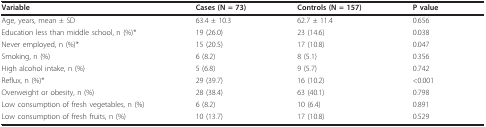
<table><thead><tr><td><b>Variable</b></td><td><b>Cases (N = 73)</b></td><td><b>Controls (N = 157)</b></td><td><b>P value</b></td></tr></thead><tbody><tr><td>Age, years, mean ± SD</td><td>63.4 ± 10.3</td><td>62.7 ± 11.4</td><td>0.656</td></tr><tr><td>Education less than middle school, n (%) *</td><td>19 (26.0)</td><td>23 (14.6)</td><td>0.038</td></tr><tr><td>Never employed, n (%) *</td><td>15 (20.5)</td><td>17 (10.8)</td><td>0.047</td></tr><tr><td>Smoking, n (%)</td><td>6 (8.2)</td><td>8 (5.1)</td><td>0.356</td></tr><tr><td>High alcohol intake, n (%)</td><td>5 (6.8)</td><td>9 (5.7)</td><td>0.742</td></tr><tr><td>Reflux, n (%) *</td><td>29 (39.7)</td><td>16 (10.2)</td><td>&lt;0.001</td></tr><tr><td>Overweight or obesity, n (%)</td><td>28 (38.4)</td><td>63 (40.1)</td><td>0.798</td></tr><tr><td>Low consumption of fresh vegetables, n (%)</td><td>6 (8.2)</td><td>10 (6.4)</td><td>0.891</td></tr><tr><td>Low consumption of fresh fruits, n (%)</td><td>10 (13.7)</td><td>17 (10.8)</td><td>0.529</td></tr></tbody></table>